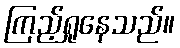
ကြည့်ရှုနေသည်။